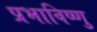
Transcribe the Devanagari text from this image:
प्रभाविष्णु